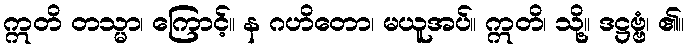
ဣတိ တသ္မာ၊ ကြောင့်။ န ဂဟိတော၊ မယူအပ်။ ဣတိ၊ သို့။ ဒဋ္ဌဗ္ဗံ၊ ၏။